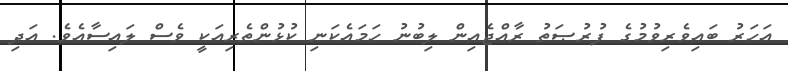
އަހަރު ބައިވެރިވުމުގެ ފުރުޞަތު ރާއްޖެއިން ލިބުނު ހަމައެކަނި ކުޅުންތެރިއަކީ ވެސް ލައިސާއެވެ. އަދި